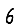
Digit: 6